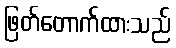
ဖြတ်တောက်ထားသည်